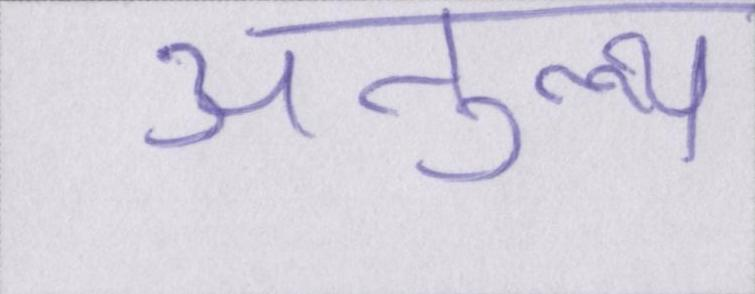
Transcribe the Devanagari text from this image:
अतुल्य